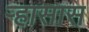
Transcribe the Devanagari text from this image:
ऱ्हासास